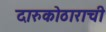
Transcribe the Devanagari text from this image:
दारुकोठाराची